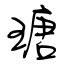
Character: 瑭